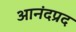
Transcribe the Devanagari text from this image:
आनंदप्रद